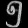
Digit: ၅